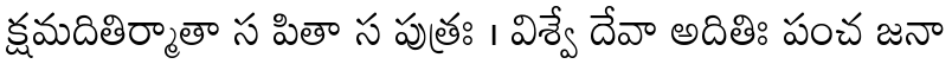
క్షమదితిర్మాతా స పితా స పుత్రః । విశ్వే దేవా అదితిః పంచ జనా